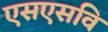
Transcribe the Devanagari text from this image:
एसएसवि